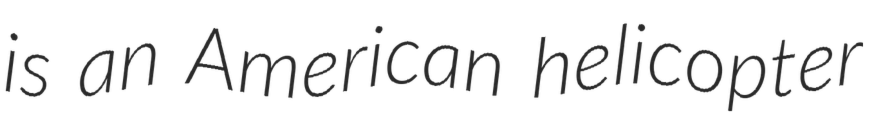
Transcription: is an American helicopter